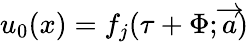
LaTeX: u_{0}(x)=f_{j}(\tau+\Phi;\overrightarrow{a})